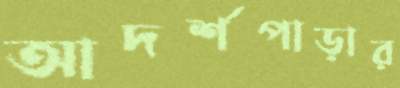
আদর্শপাড়ার